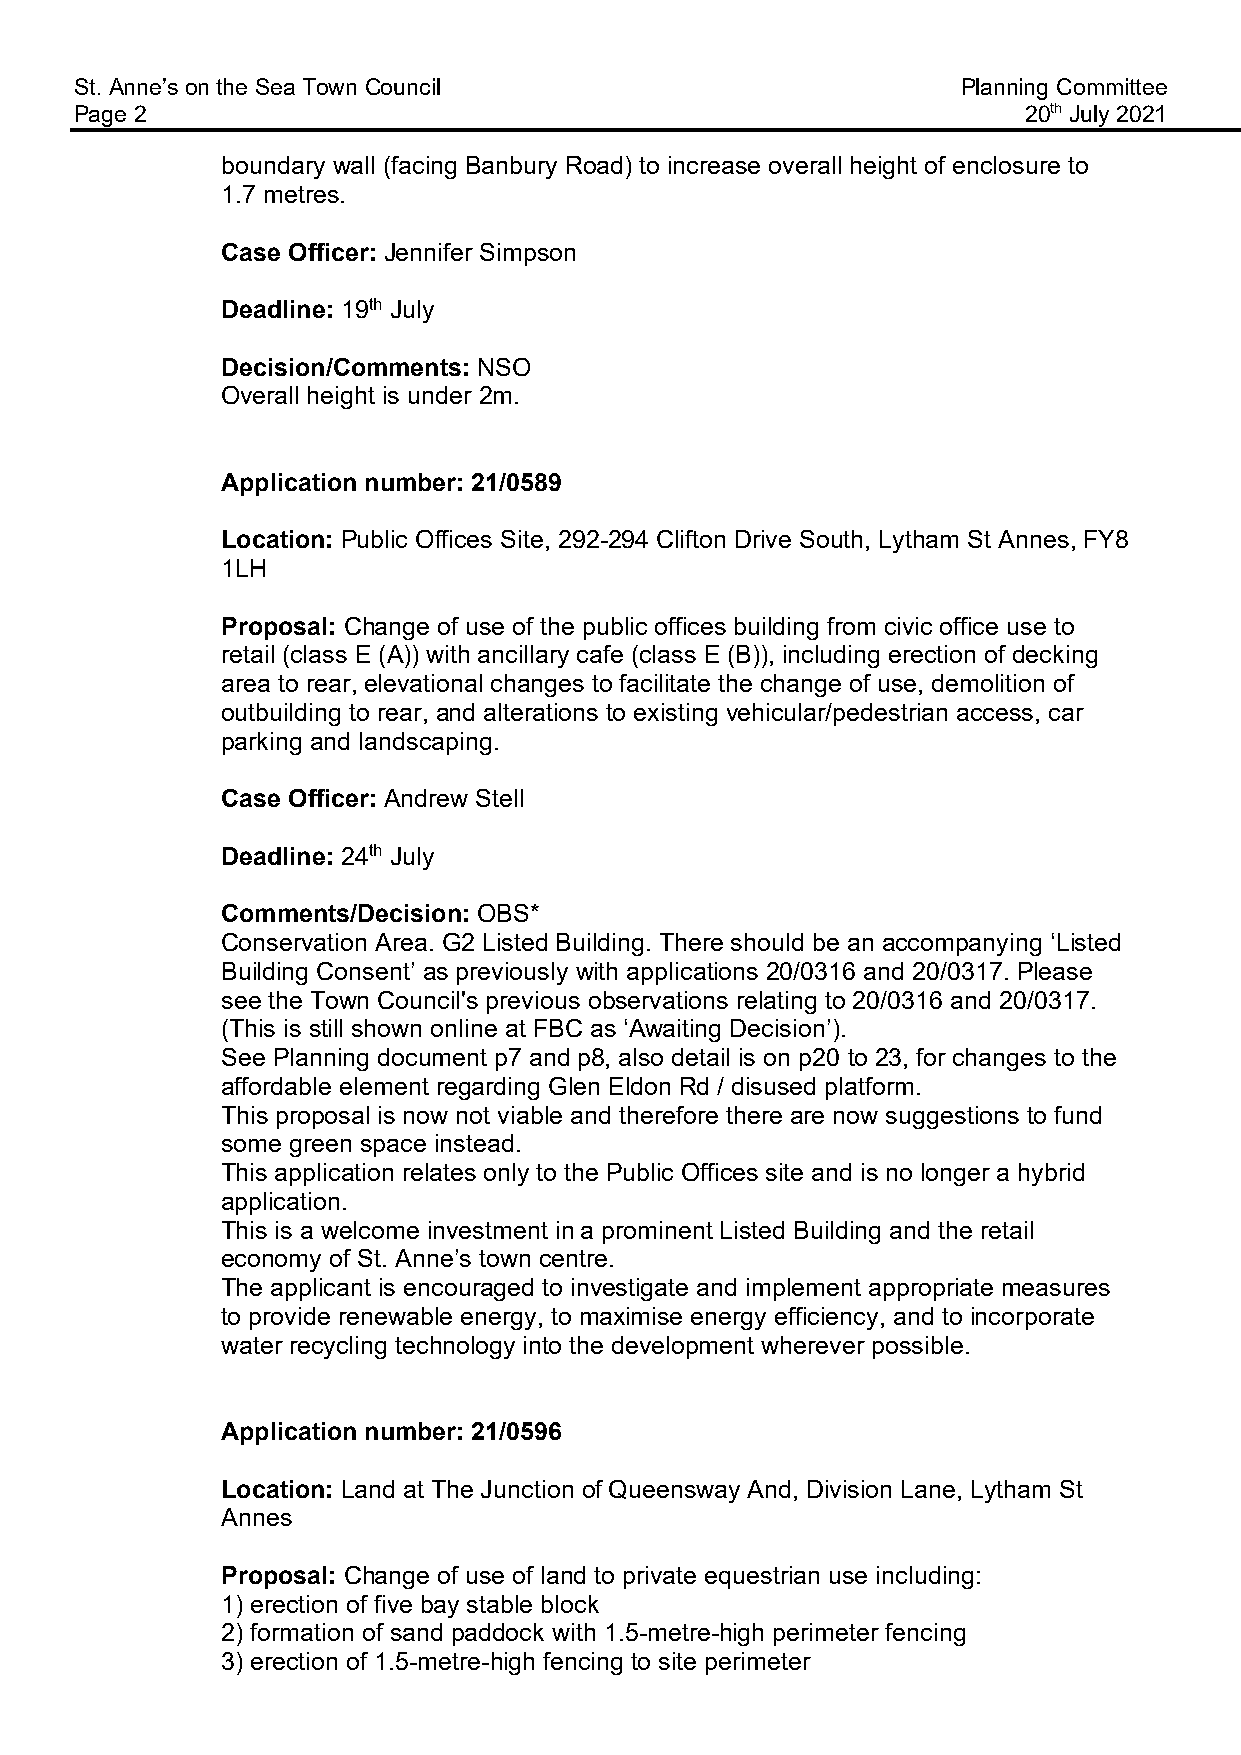
St. Anne’s on the Sea Town Council                         Planning Committee
 Page 2                                                         20th July 2021
 boundary wall (facing Banbury Road) to increase overall height of enclosure to
 1.7 metres.
 Case Officer: Jennifer Simpson
 Deadline: 19th July
 Decision/Comments: NSO
 Overall height is under 2m.
 Application number: 21/0589
 Location: Public Offices Site, 292-294 Clifton Drive South, Lytham St Annes, FY8
 1LH
 Proposal: Change of use of the public offices building from civic office use to
 retail (class E (A)) with ancillary cafe (class E (B)), including erection of decking
 area to rear, elevational changes to facilitate the change of use, demolition of
 outbuilding to rear, and alterations to existing vehicular/pedestrian access, car
 parking and landscaping.
 Case Officer: Andrew Stell
 Deadline: 24th July
 Comments/Decision: OBS*
 Conservation Area. G2 Listed Building. There should be an accompanying ‘Listed
 Building Consent’ as previously with applications 20/0316 and 20/0317. Please
 see the Town Council's previous observations relating to 20/0316 and 20/0317.
 (This is still shown online at FBC as ‘Awaiting Decision’).
 See Planning document p7 and p8, also detail is on p20 to 23, for changes to the
 affordable element regarding Glen Eldon Rd / disused platform.
 This proposal is now not viable and therefore there are now suggestions to fund
 some green space instead.
 This application relates only to the Public Offices site and is no longer a hybrid
 application.
 This is a welcome investment in a prominent Listed Building and the retail
 economy of St. Anne’s town centre.
 The applicant is encouraged to investigate and implement appropriate measures
 to provide renewable energy, to maximise energy efficiency, and to incorporate
 water recycling technology into the development wherever possible.
 Application number: 21/0596
 Location: Land at The Junction of Queensway And, Division Lane, Lytham St
 Annes
 Proposal: Change of use of land to private equestrian use including:
 1) erection of five bay stable block
 2) formation of sand paddock with 1.5-metre-high perimeter fencing
 3) erection of 1.5-metre-high fencing to site perimeter